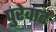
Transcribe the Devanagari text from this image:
पुरेवाट